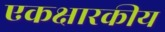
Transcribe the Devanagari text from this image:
एकक्षारकीय